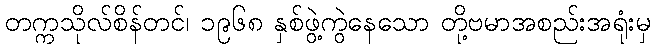
တက္ကသိုလ်စိန်တင်၊ ၁၉၆၈ နှစ်ဖွဲ့ကွဲနေသော တို့ဗမာအစည်းအရုံးမှ